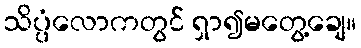
သိပ္ပံလောကတွင် ရှာ၍မတွေ့ချေ။